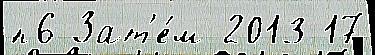
п6 Зат'е́м 2013 17